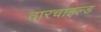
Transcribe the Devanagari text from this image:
वारचाइल्ड